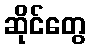
ဆိုင်တွေ